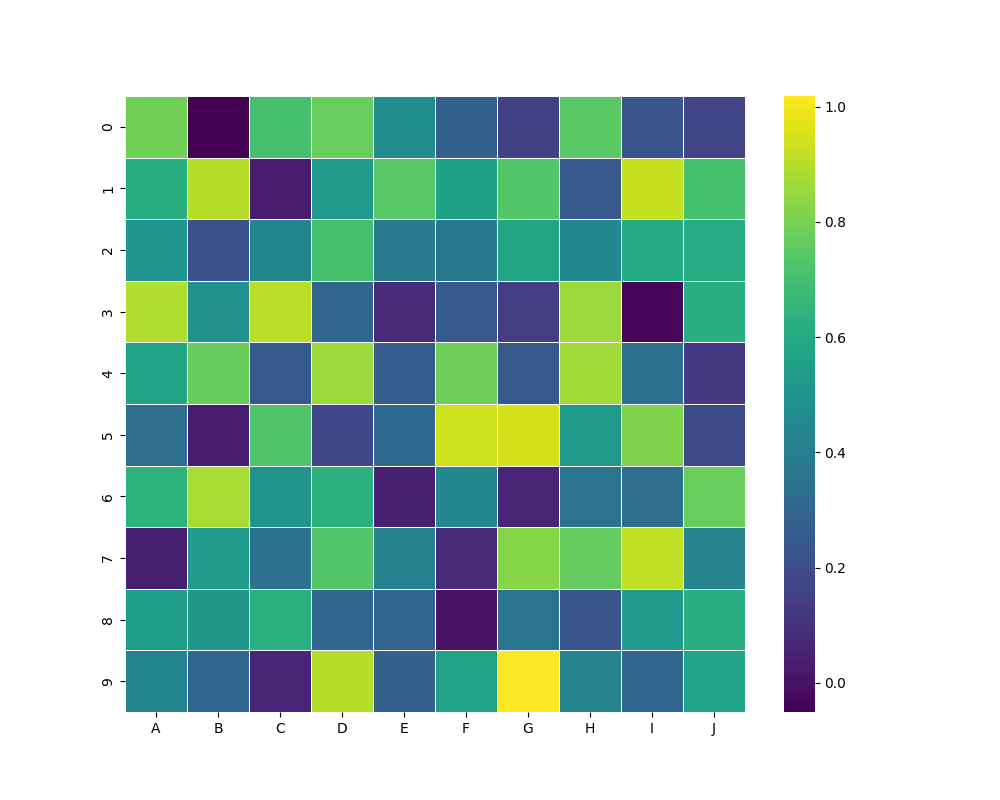
python, seaborn, heatmap, cmap='viridis', linewidths=0.5, center=none